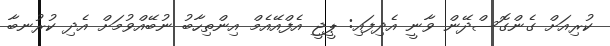
ކުރިއަށް ގެންގޮސްދޭން ވާނީ އެދިފައި: ޕީޖީ އެފްއޭއެމް އިންތިހާބު ނުބޭއްވުމަށް އެދި ކުރުނބާ